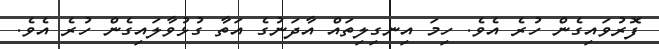
ފޮރުވައިގެން ހުރެ އެވެ. ހިމަ އިނގިލިތައް އާދަނުގެ އަތާ ގުޅުވާލައިގެން ހުރެ އެވެ.